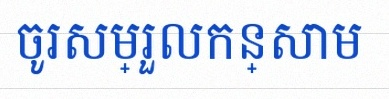
ចូរសម្រួលកន្សោម